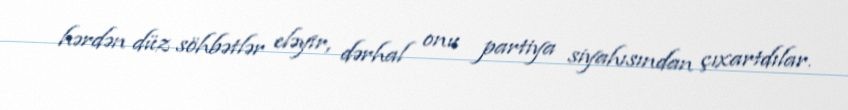
hərdən düz söhbətlər eləyir, dərhal onu partiya siyahısından çıxartdılar.